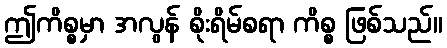
ဤကိစ္စမှာ အလွန် စိုးရိမ်စရာ ကိစ္စ ဖြစ်သည်။